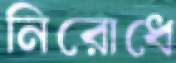
নিরোধে